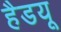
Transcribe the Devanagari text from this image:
हैडयू